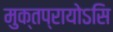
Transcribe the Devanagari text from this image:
मुक्तप्रायोऽसि